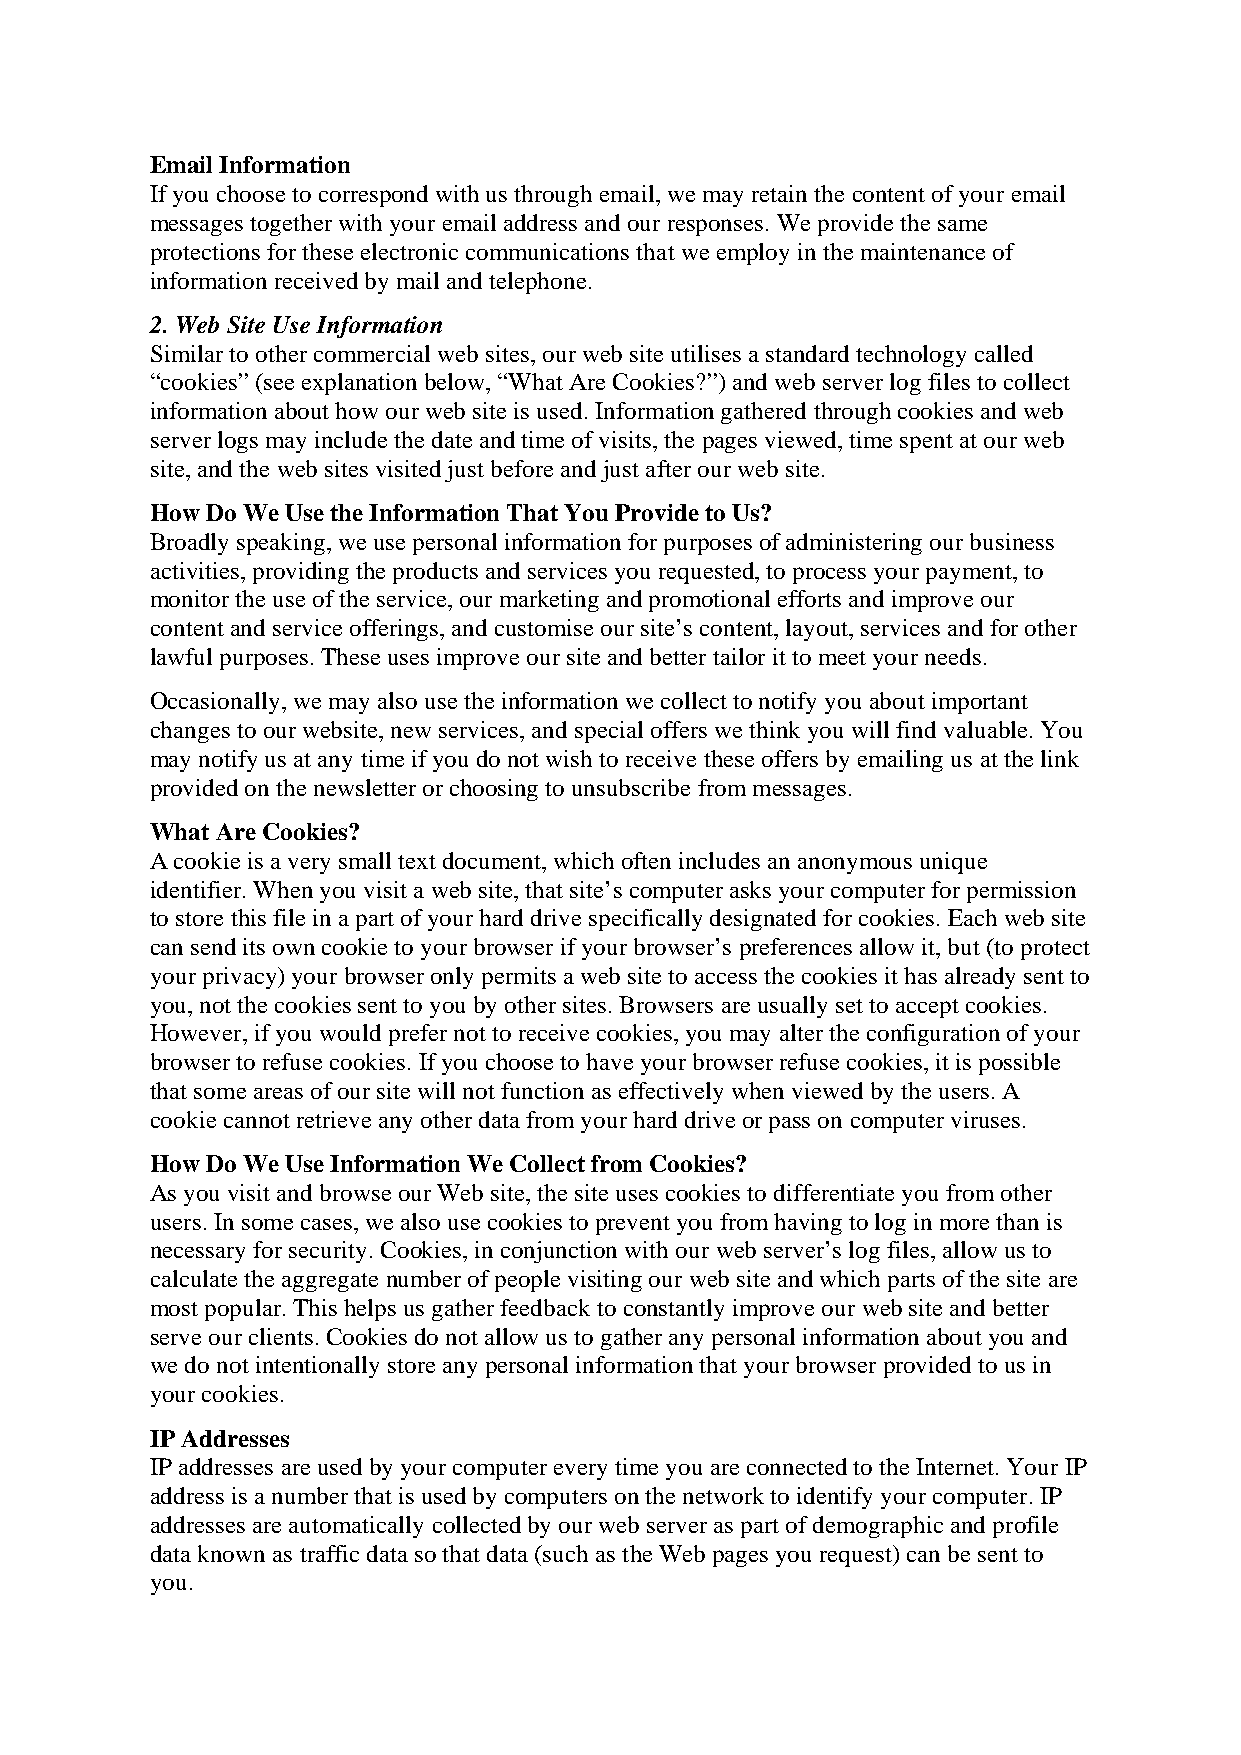
Email Information
 If you choose to correspond with us through email, we may retain the content of your email
 messages together with your email address and our responses. We provide the same
 protections for these electronic communications that we employ in the maintenance of
 information received by mail and telephone.
 2. Web Site Use Information
 Similar to other commercial web sites, our web site utilises a standard technology called
 “cookies” (see explanation below, “What Are Cookies?”) and web server log files to collect
 information about how our web site is used. Information gathered through cookies and web
 server logs may include the date and time of visits, the pages viewed, time spent at our web
 site, and the web sites visited just before and just after our web site.
 How Do We Use the Information That You Provide to Us?
 Broadly speaking, we use personal information for purposes of administering our business
 activities, providing the products and services you requested, to process your payment, to
 monitor the use of the service, our marketing and promotional efforts and improve our
 content and service offerings, and customise our site’s content, layout, services and for other
 lawful purposes. These uses improve our site and better tailor it to meet your needs.
 Occasionally, we may also use the information we collect to notify you about important
 changes to our website, new services, and special offers we think you will find valuable. You
 may notify us at any time if you do not wish to receive these offers by emailing us at the link
 provided on the newsletter or choosing to unsubscribe from messages.
 What Are Cookies?
 A cookie is a very small text document, which often includes an anonymous unique
 identifier. When you visit a web site, that site’s computer asks your computer for permission
 to store this file in a part of your hard drive specifically designated for cookies. Each web site
 can send its own cookie to your browser if your browser’s preferences allow it, but (to protect
 your privacy) your browser only permits a web site to access the cookies it has already sent to
 you, not the cookies sent to you by other sites. Browsers are usually set to accept cookies.
 However, if you would prefer not to receive cookies, you may alter the configuration of your
 browser to refuse cookies. If you choose to have your browser refuse cookies, it is possible
 that some areas of our site will not function as effectively when viewed by the users. A
 cookie cannot retrieve any other data from your hard drive or pass on computer viruses.
 How Do We Use Information We Collect from Cookies?
 As you visit and browse our Web site, the site uses cookies to differentiate you from other
 users. In some cases, we also use cookies to prevent you from having to log in more than is
 necessary for security. Cookies, in conjunction with our web server’s log files, allow us to
 calculate the aggregate number of people visiting our web site and which parts of the site are
 most popular. This helps us gather feedback to constantly improve our web site and better
 serve our clients. Cookies do not allow us to gather any personal information about you and
 we do not intentionally store any personal information that your browser provided to us in
 your cookies.
 IP Addresses
 IP addresses are used by your computer every time you are connected to the Internet. Your IP
 address is a number that is used by computers on the network to identify your computer. IP
 addresses are automatically collected by our web server as part of demographic and profile
 data known as traffic data so that data (such as the Web pages you request) can be sent to
 you.